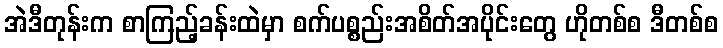
အဲဒီတုန်းက စာကြည့်ခန်းထဲမှာ စက်ပစ္စည်းအစိတ်အပိုင်းတွေ ဟိုတစ်စ ဒီတစ်စ